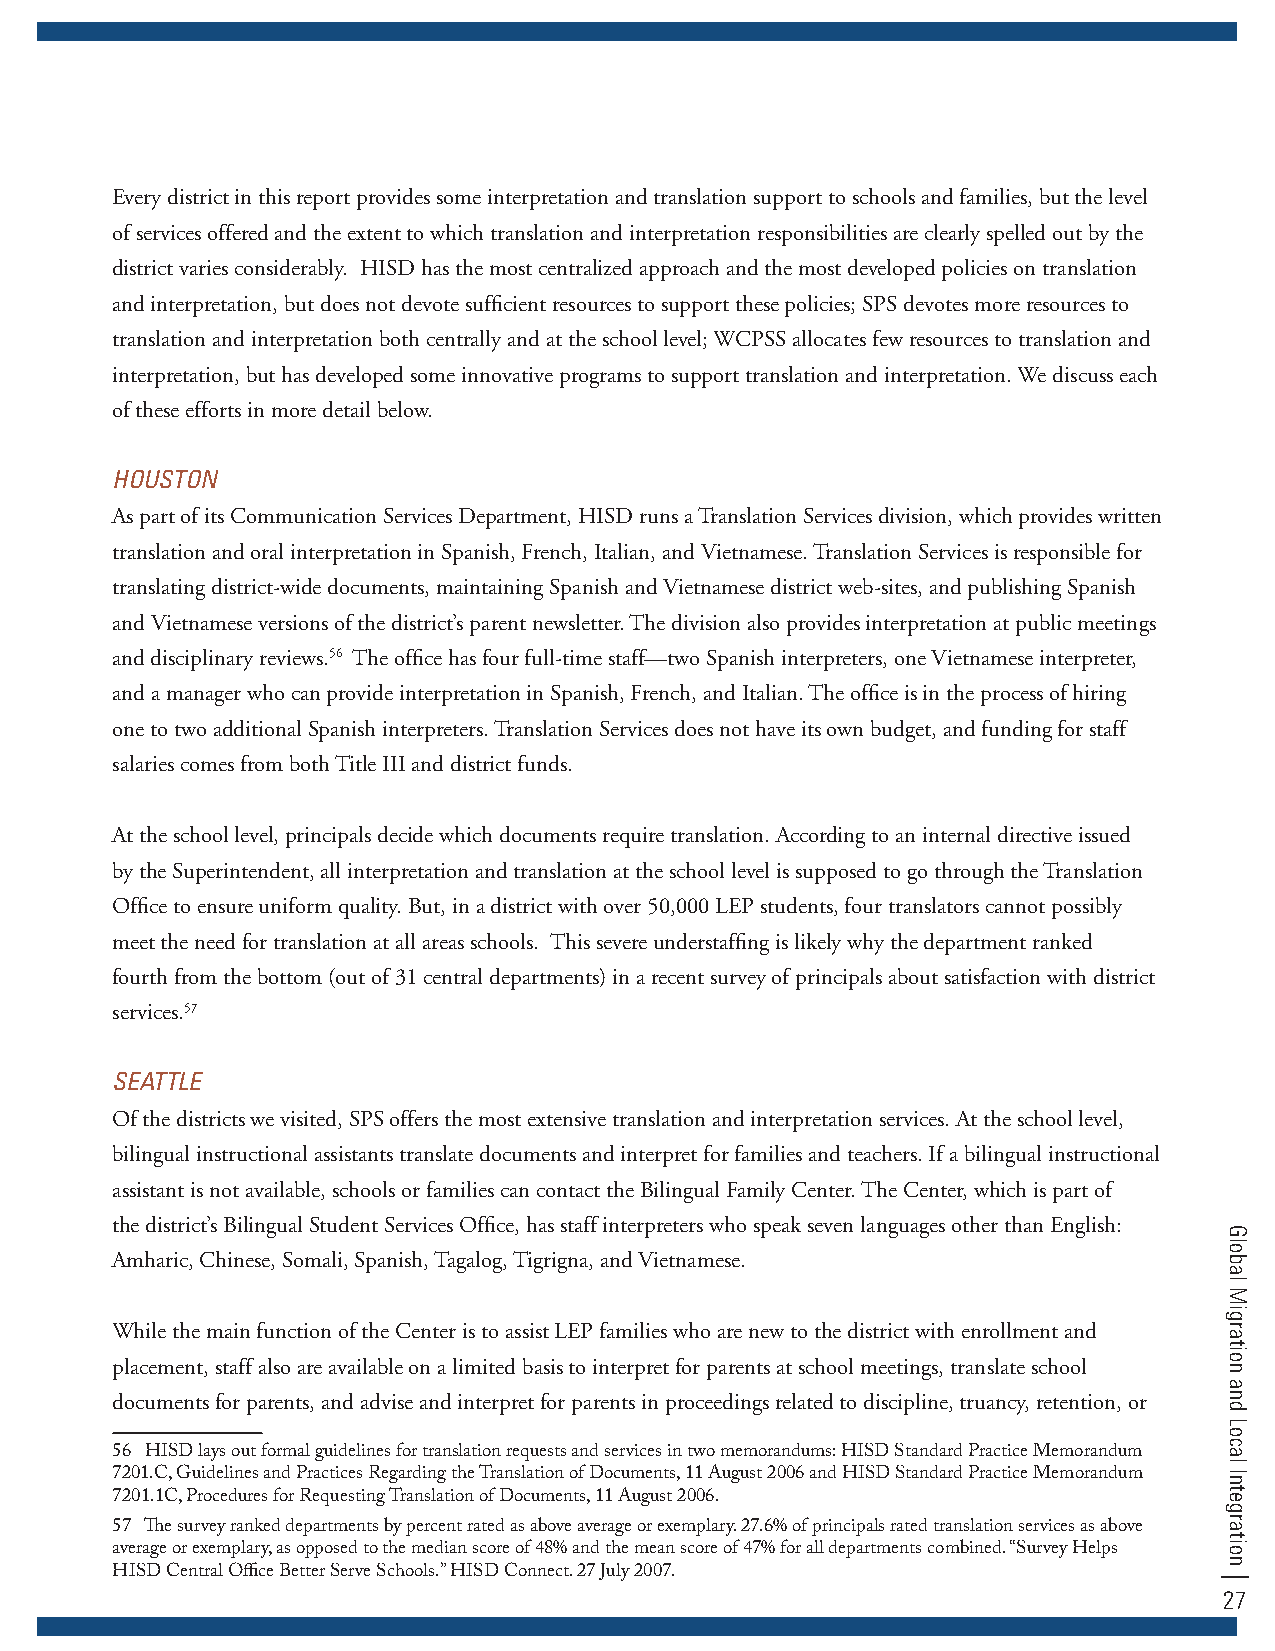
Every district in this report provides some interpretation and translation support to schools and families, but the level
 of services offered and the extent to which translation and interpretation responsibilities are clearly spelled out by the
 district varies considerably. HISD has the most centralized approach and the most developed policies on translation
 and interpretation, but does not devote sufficient resources to support these policies; SPS devotes more resources to
 translation and interpretation both centrally and at the school level; WCPSS allocates few resources to translation and
 interpretation, but has developed some innovative programs to support translation and interpretation. We discuss each
 of these efforts in more detail below.
 HOuSTOn
 As part of its Communication Services Department, HISD runs a Translation Services division, which provides written
 translation and oral interpretation in Spanish, French, Italian, and Vietnamese. Translation Services is responsible for
 translating district-wide documents, maintaining Spanish and Vietnamese district web-sites, and publishing Spanish
 and Vietnamese versions of the district’s parent newsletter. The division also provides interpretation at public meetings
 and disciplinary reviews.56 The office has four full-time staff—two Spanish interpreters, one Vietnamese interpreter,
 and a manager who can provide interpretation in Spanish, French, and Italian. The office is in the process of hiring
 one to two additional Spanish interpreters. Translation Services does not have its own budget, and funding for staff
 salaries comes from both Title III and district funds.
 At the school level, principals decide which documents require translation. According to an internal directive issued
 by the Superintendent, all interpretation and translation at the school level is supposed to go through the Translation
 Office to ensure uniform quality. But, in a district with over 50,000 LEP students, four translators cannot possibly
 meet the need for translation at all areas schools. This severe understaffing is likely why the department ranked
 fourth from the bottom (out of 31 central departments) in a recent survey of principals about satisfaction with district
 services.57
 SEaTTlE
 Of the districts we visited, SPS offers the most extensive translation and interpretation services. At the school level,
 bilingual instructional assistants translate documents and interpret for families and teachers. If a bilingual instructional
 assistant is not available, schools or families can contact the Bilingual Family Center. The Center, which is part of
 the district’s Bilingual Student Services Office, has staff interpreters who speak seven languages other than English:
 Amharic, Chinese, Somali, Spanish, Tagalog, Tigrigna, and Vietnamese.
 While the main function of the Center is to assist LEP families who are new to the district with enrollment and
 placement, staff also are available on a limited basis to interpret for parents at school meetings, translate school
 documents for parents, and advise and interpret for parents in proceedings related to discipline, truancy, retention, or
 56 HISD lays out formal guidelines for translation requests and services in two memorandums: HISD Standard Practice Memorandum
 7201.C, Guidelines and Practices Regarding the Translation of Documents, 11 August 2006 and HISD Standard Practice Memorandum
 7201.1C, Procedures for Requesting Translation of Documents, 11 August 2006.
 57 The survey ranked departments by percent rated as above average or exemplary. 27.6% of principals rated translation services as above
 average or exemplary, as opposed to the median score of 48% and the mean score of 47% for all departments combined. “Survey Helps
 HISD Central Office Better Serve Schools.” HISD Connect. 27 July 2007.
 27
 Global
 Migration
 and
 Local
 Integration